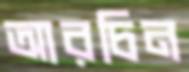
আরচিন